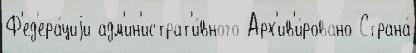
Ф'ед'ера́циjи адм'ин'истрат'и́вного Арх'ив'и́ровано Страна́